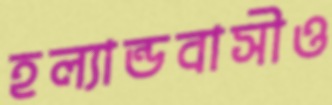
হল্যান্ডবাসীও